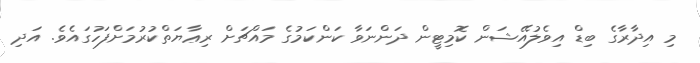
މި އިދާރާގެ ބިޑް އިވެލުއޭޝަން ކޮމިޓީން ދަންނަވާ ކަންކަމުގެ މައްޗަށް ރިޢާޔަތްކުރުމަށްފަހުގައެވެ. އަދި